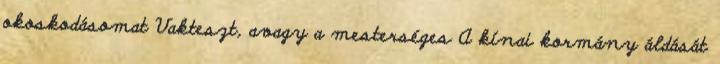
okoskodásomat Vakteszt, avagy a mesterséges A kínai kormány áldását